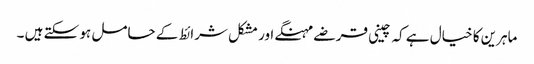
ماہرین کا خیال ہے کہ چینی قرضے مہنگے اور مشکل شرائط کے حامل ہو سکتے ہیں ۔